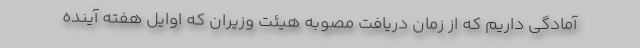
آمادگی داریم که از زمان دریافت مصوبه هیئت وزیران که اوایل هفته آینده